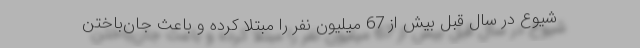
شیوع در سال قبل بیش از 67 میلیون نفر را مبتلا کرده و باعث جان‌باختن